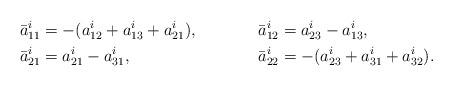
LaTeX: \begin{align*}\bar{a}_{11}^i & = - ( {a^i_{12}}+ {a^i_{13}}+ {a^i_{21}} ) , &\bar{a}_{12}^i &= a^i_{23}-a^i_{13} , \\\bar{a}_{21}^i &= {a^i_{21}}-{a^i_{31}} , &\bar{a}_{22}^i &= - ( {a^i_{23}}+ {a^i_{31}}+ {a^i_{32}} ) .\end{align*}